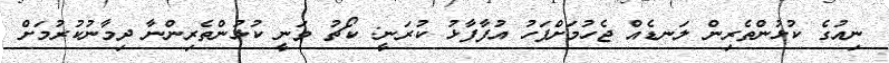
ނިއުގެ ކުޅުންތެރިން ލަނޑެއް ޖެހުމަށްފަހު އުފާފާޅު ކުރަނީ: ކޯޗު ވަނީ ކުޅުންތެރިންނާ ދިމާނުކުރުމަށް